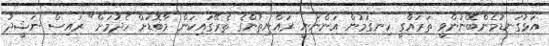
އަޅުގަނޑުމެންބޭނުންވީ ތަރައްގީ ހިނގަމުން އަންނަނީ ރައްޔިތުންގެ ތެރޭގައިކަން މާބޮޑަށް ހެދުމަށް" ރައިސް ނަޝީދު